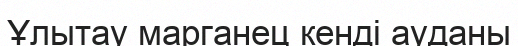
Ұлытау марганец кенді ауданы